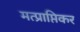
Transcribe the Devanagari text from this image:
मत्प्राप्तिकर